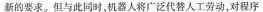
新的要求。但与此同时，机器人将广泛代替人工劳动，对程序